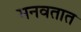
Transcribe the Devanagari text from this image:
मनवतात